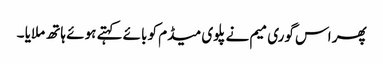
پھر اس گوری میم نے پلوی میڈم کو بائے کہتے ہوئے ہاتھ ملایا ۔